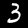
Label: 3